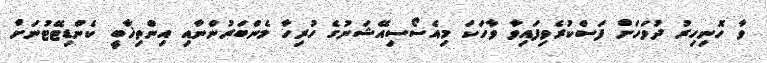
ވާ ހޮނިހިރު ދުވަހަށް ފަސްކުރެވިފައިވާ ވާހަކަ މިއެސޯސިއޭޝަނުގެ ހުރިހާ މެންބަރުންނާއި އިންތިޚާބީ ކެންޑިޓޭޓުނަށް